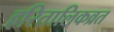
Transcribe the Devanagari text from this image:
हरितालिकव्रत